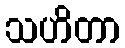
သဟိတာ